Bréfritari: Jakobína Jónsdóttir
Viðtakandi: Sólveig Jónsdóttir
Dagsetning: A-1871-03-24
Skrifað á: Bessastöðum  Gull.
systir bréfviðtakanda

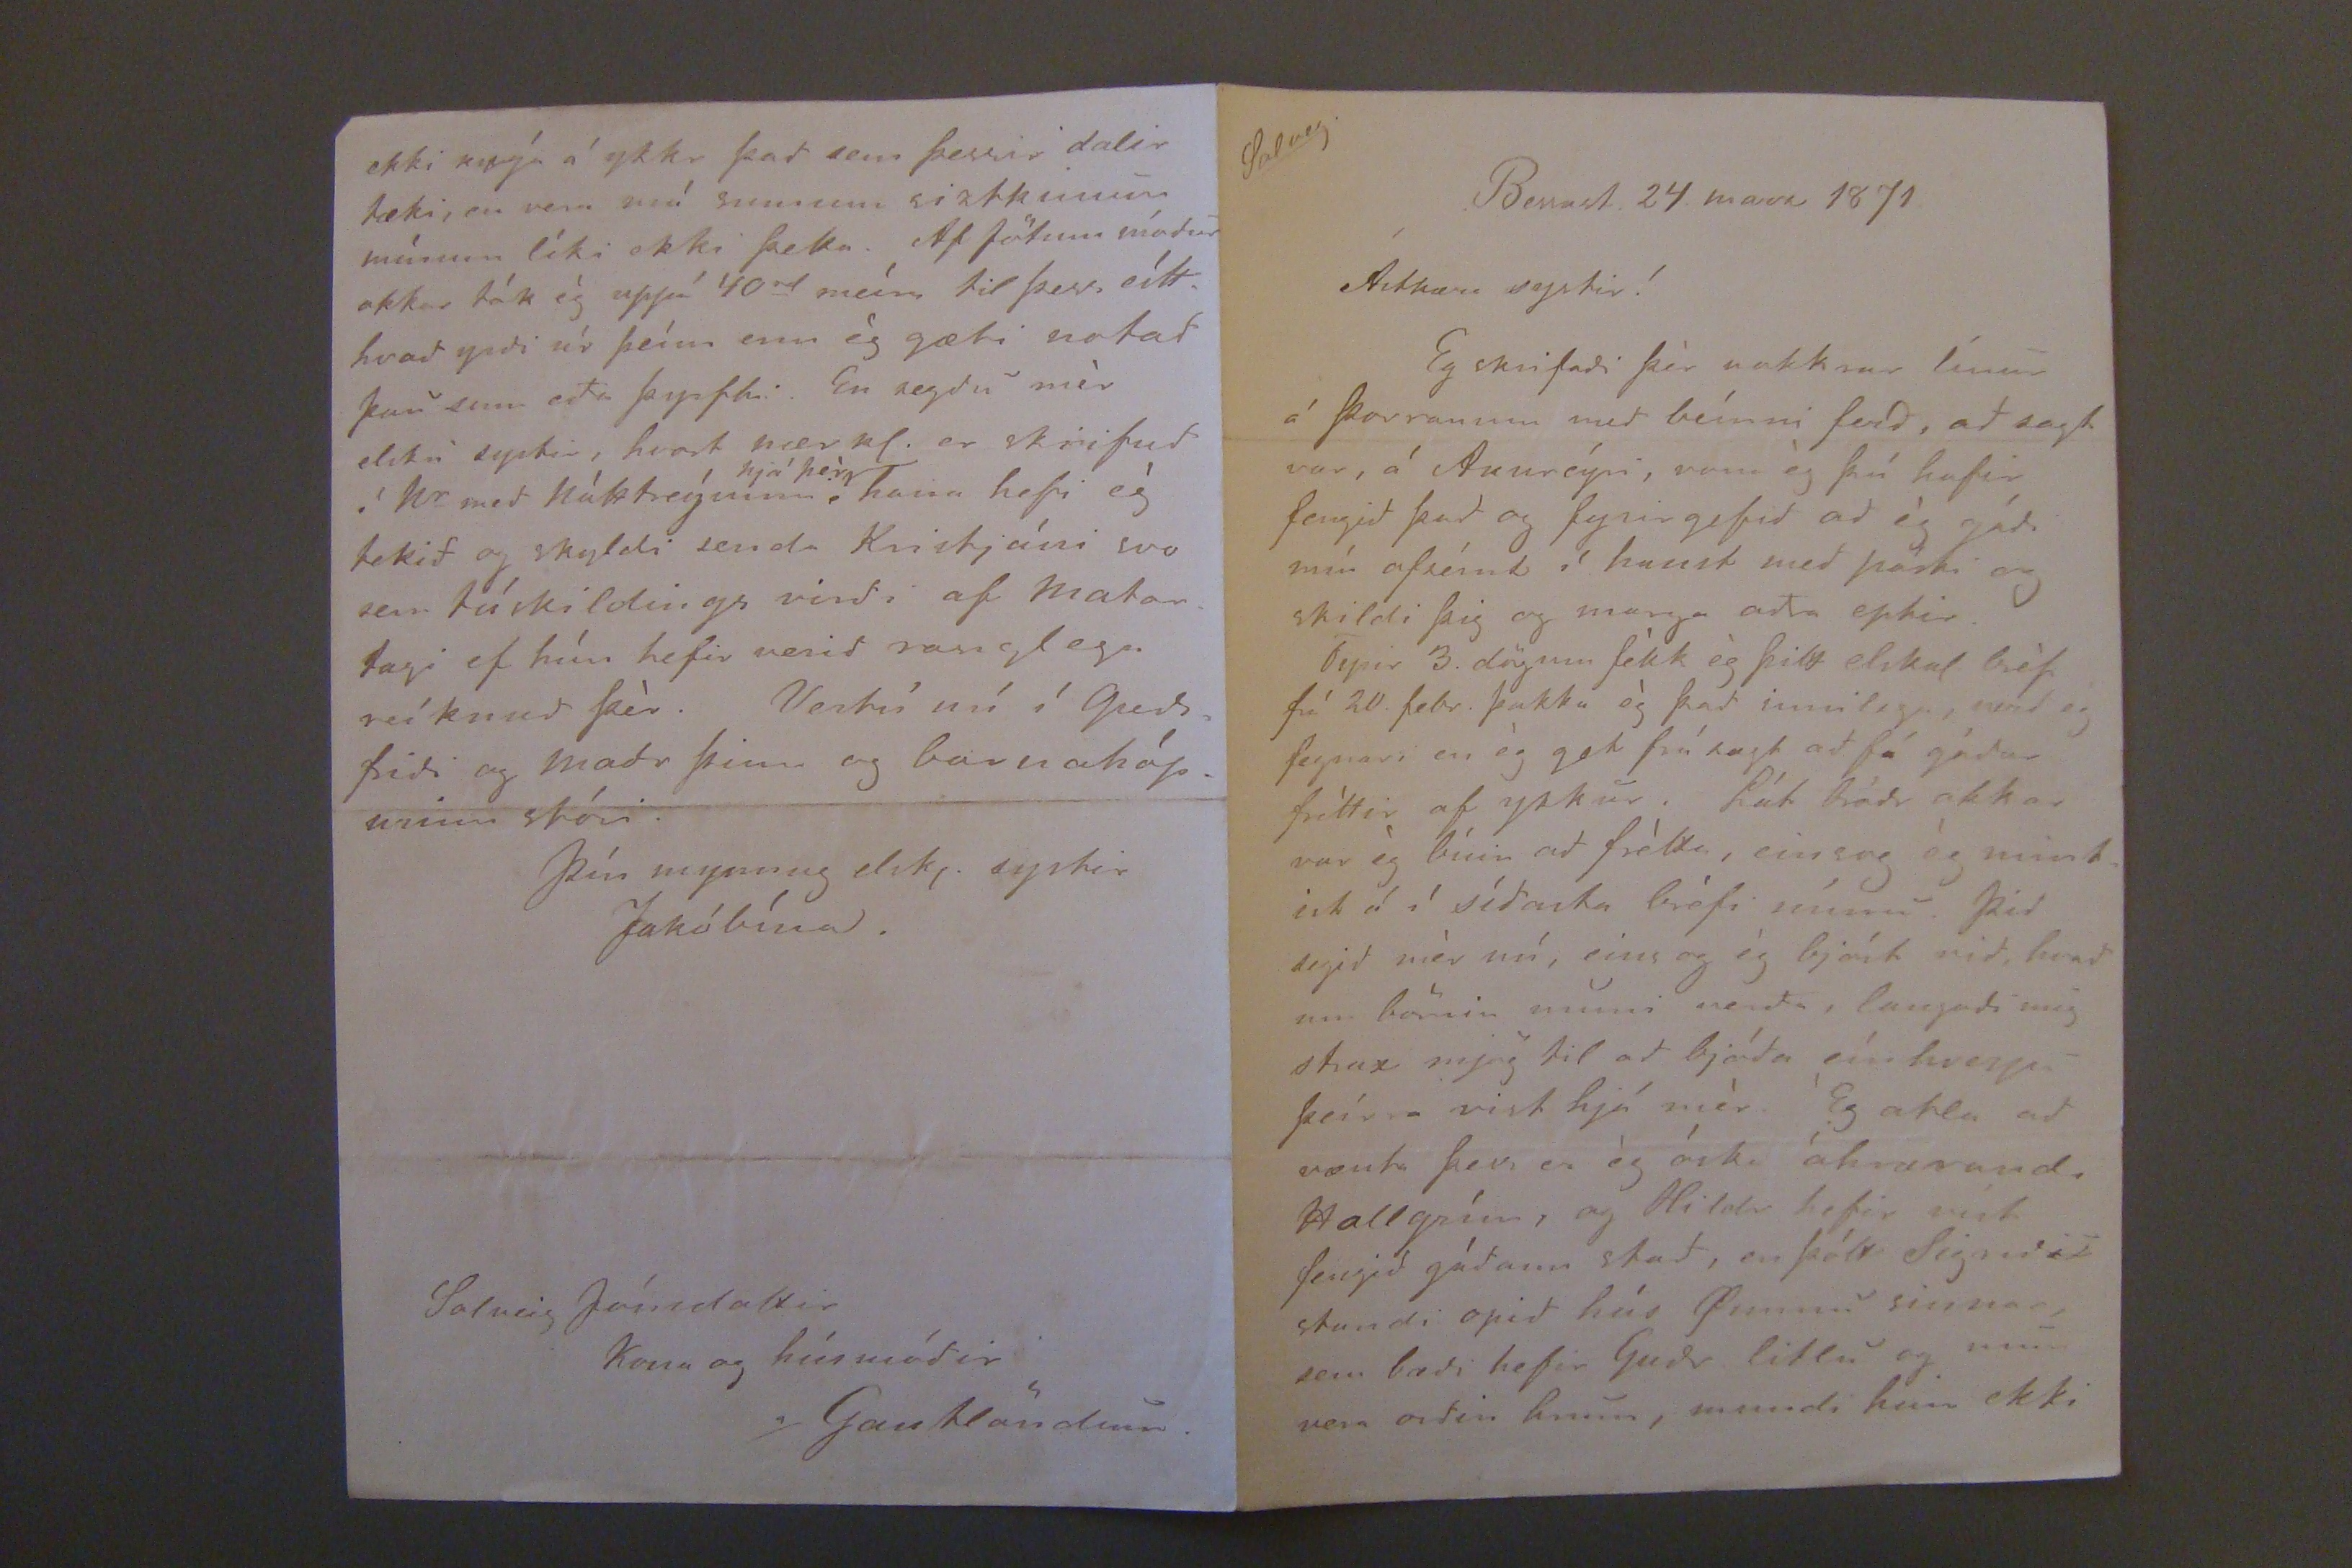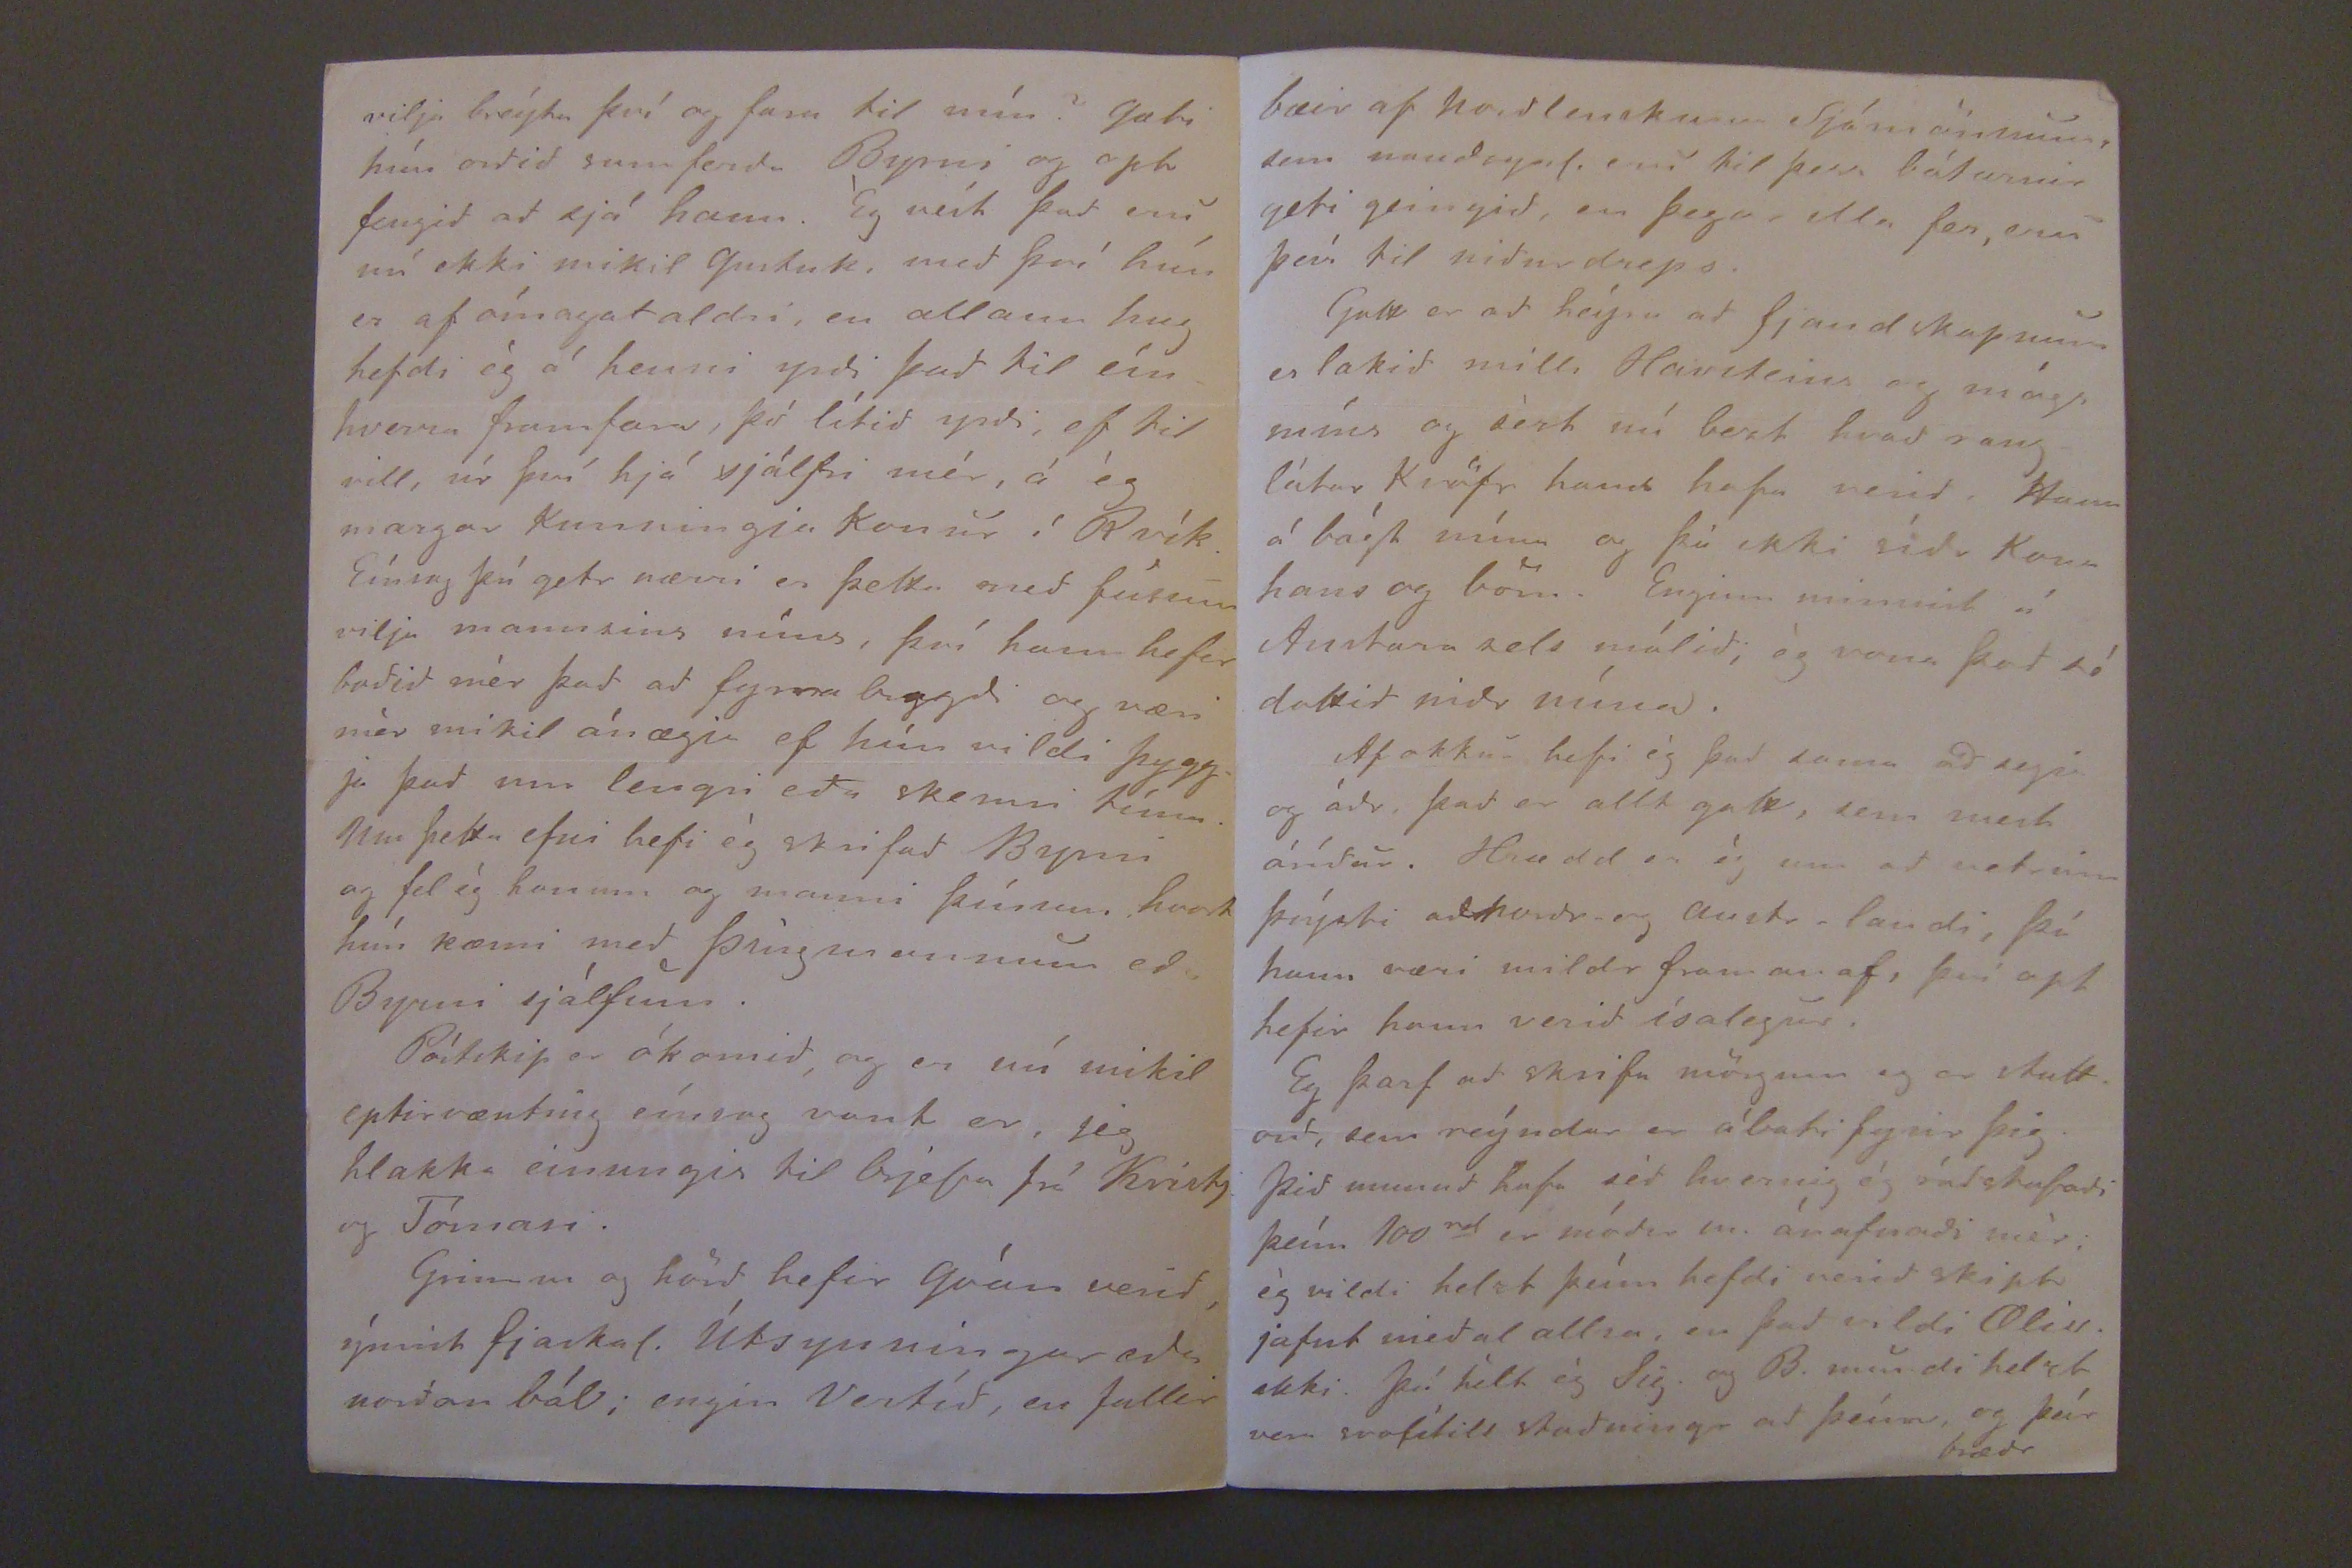

Solveg.
Bessast. 24. marz 1871.
Ástkæra systir!
Eg skrifadi þér nokkrar línur á þorranum med beínni ferd, ad sagt var, á Akureýri, vona ég þú hafir fengid þad og fyrirgefid ad ég gádi mín ofseínt í haust med pósti og skildi þig og marga adra eptir.
Fyrir 3 dögum fékk ég þitt elskul. bréf frá 20. febr. þakka ég þad innilega, vard eg fegnari en ég get frálagt ad fá gódar fréttir af ykkur. Lát bródr okkar var ég búin ad frétta, einsog ég mintist á í sídasta bréfi mínu. Þid segid mér nú, eins og ég bjóst vid, hvad um börnin muni verda, langadi mig strax mjög til ad bjóda eínhverju þeírra vist hjá mér. Ég ætla ad vænta þess er ég óska óhrærandi Hallgrím, og Hildr hefir vist fengid gódann stad, en þótt Sigridur stundi opid hús Gunnu sinnar sem bædi hefir Gudr litlu og mun vera ordin hnun, mundi hun ekki
vija breýta því og fara til mín? Gæti hún ordid samferda Byrni og opt fengid ad sjá hann. Ég veít þad eru nú ekki mikil
Gustuk
, med því hún er af ómagataldri, en allann hug hefdi ég á henni yrdi þad til eínhverra framfara, því lítid yrdi, ef til vill, nú því hjá sjálfri mér, á ég margar Kunningja konur í Rvík. Eínnig þú getr nærri en þetta med fúsum vilja mannsins míns, því hann hefir bodid mér þad ad fyrra bragdi og væri mér mikil ánægja ef hún vildi þyggja þad um lengri eda skemri tíma. Um þetta efni hefi ég skrifad Byrni og fel ég honum og manni þínu, hvort hún kæmi med Þingmanninum eda Byrni sjálfum.
Póstskip er ókomid, og er nú mikil eptirvænting eínsog vant er, jeg hlakka einungis til brjefa frá Kristj. og Tómasi.
Grimm og hörd hefir Góan verid, ýmist fjaskal. Útsynningar eda nordan bál; engin Vertíd, en fullir
ekki knýa á ykkr þad sem þessir dalir tæki, en vera nú sumum siztkinum mínum líki ekki þetta. Af fötum módur okkar tók ég uppá 40
rd
meíra til þess eítthvad yrdi úr þeím enn ég gæti notad þau enn eda þyrfti. En segdu mér elsku systir, hvort nærkl. er skrifud í Kr med hátttreýum
hjá þér
hann hefir ég tekid og skyldi senda Kristjáni svo sem táskildings virdi af Matartagi ef hún hefir verid ranglega reíknud þér. Vertú nú í Gudsfridi og madr þinn og barnahópurinn stóri.
Þín mynnug elskj. systir
Jakóbína.
Solveig Jónsdottir
Kona og húsmódir
í/Gautlöndum.
bæri af Nordlenskum Sjómönnum sem naudsynl. eru til þess bátarnir geti geingid, en þegar ella fer, eru þeír til nidurdreps.
Gott er ad heýra ad fjandskapnum er lokid milli Havsteins og mágs míns og sézt nú bezt hvad ranglátar Kröfr hans hafa verid. Hann á bágt núna og þó ekki sídr Kona hans og börn. Enginn minnist á Austara sels málid, og vona þad só dottid nidr núna.
Af okkur hefi ég þad sama ad segja og ádr, þad er allt gott, sem mest árídur, Hrædd er ég um ad veturinn þrýsti ad nordr- og aust-landi, þó hann væri mildr framan af, því opt hefir hann verid ísalegur.
Eg þarf ad skrifa mörgum og er stuttord, sem reýndar er ábæti fyrir þig. Þid munud hafa séd hverngi ég rádstafadi þeím 100
rd
er módir m. ánafnadi mér; ég vildi helzt þeím hefdi verid skipt jafnt medal allra, en þad vildi Oliv. ekki. Þó hélt ég Sig. og B. mundi helzt vera svolítill studningur ad þeím, og þér brædr